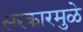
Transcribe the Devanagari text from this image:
सरकारमुळे